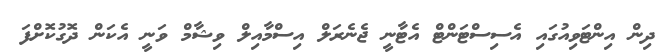
ދިން އިންޓަވިއުގައި އެސިސްޓަންޓް އެޓާނީ ޖެނެރަލް އިސްމާއިލް ވިޝާމް ވަނީ އެކަން ދޮގުކޮށްފަ